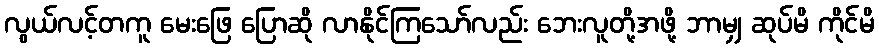
လွယ်လင့်တကူ မေးဖြေ ပြောဆို လာနိုင်ကြသော်လည်း ဘေးလူတို့အဖို့ ဘာမျှ ဆုပ်မိ ကိုင်မိ